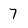
Character: 7